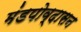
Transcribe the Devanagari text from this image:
मंडपोव्दासन